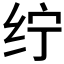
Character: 𱺖